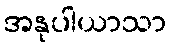
အနုပါယာသာ